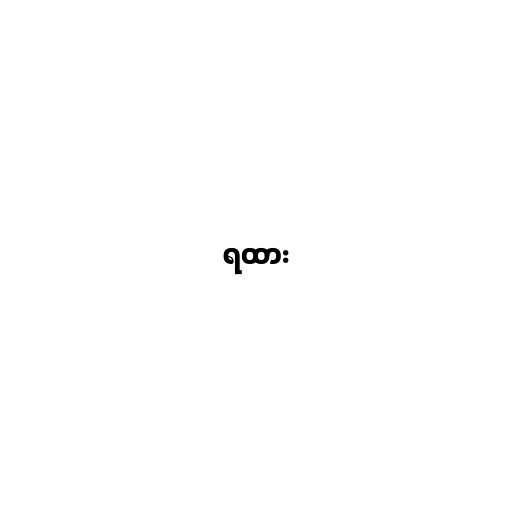
ရထား